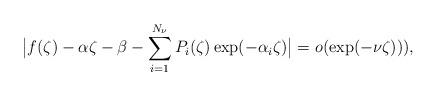
LaTeX: \begin{align*}\big|f(\zeta)-\alpha\zeta-\beta-\sum_{i=1}^{N_{\nu}}P_{i}(\zeta)\exp(-\alpha_i\zeta)\big|=o(\exp(-\nu\zeta))),\end{align*}